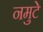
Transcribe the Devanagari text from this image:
नमुटे